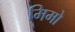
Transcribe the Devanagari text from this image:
मिमो